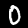
Digit: 0